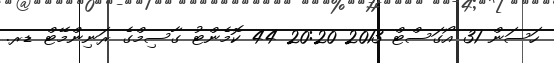
ހަސަން 31 އޯގަސްޓް 2013 20:20 44 ކޮމެންޓު ގާސިމްގެ ރަނިންމޭޓް ޑރ.